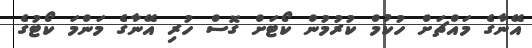
އޭނާގެ މައްޗަށް ހުކުމް ކުރުމުން ކޯޓަށް ގޮސް ހުރި އޭނާގެ މަންމަ ކޯޓުގެ